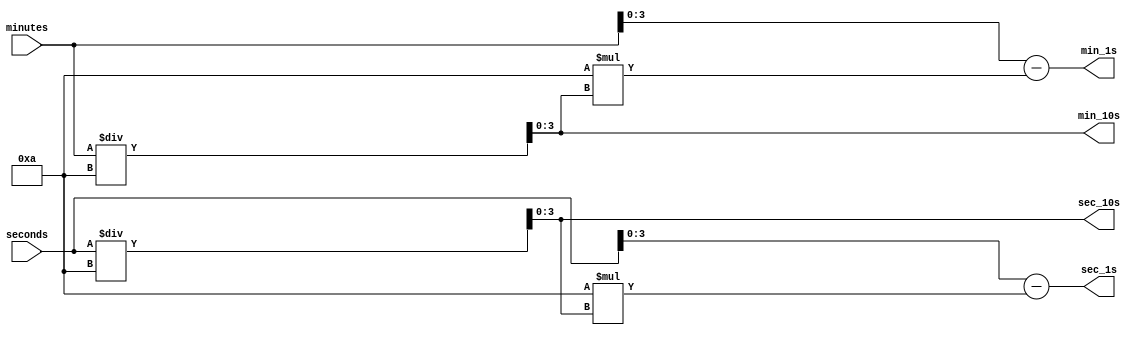
`timescale 1ns / 1ps
//////////////////////////////////////////////////////////////////////////////////
// Company: 
// Engineer: 
// 
// Design Name: 
// Module Name:    separate_digits 
// Project Name: 
// Target Devices: 
// Tool versions: 
// Description: 
//
// Dependencies: 
//
// Revision: 
// Revision 0.01 - File Created
// Additional Comments: 
//
//////////////////////////////////////////////////////////////////////////////////
module separate_digits(
	// Inputs
	minutes, seconds,
	// Outputs
	min_10s, min_1s, sec_10s, sec_1s
    );

	input [5:0] minutes;
	input [5:0] seconds;
	
	output [3:0] min_10s;
	output [3:0] min_1s;
	output [3:0] sec_10s;
	output [3:0] sec_1s;

	assign min_10s = minutes/10;
	assign sec_10s = seconds/10;
	assign min_1s = minutes - (10 * min_10s);
	assign sec_1s = seconds - (10 * sec_10s);

endmodule